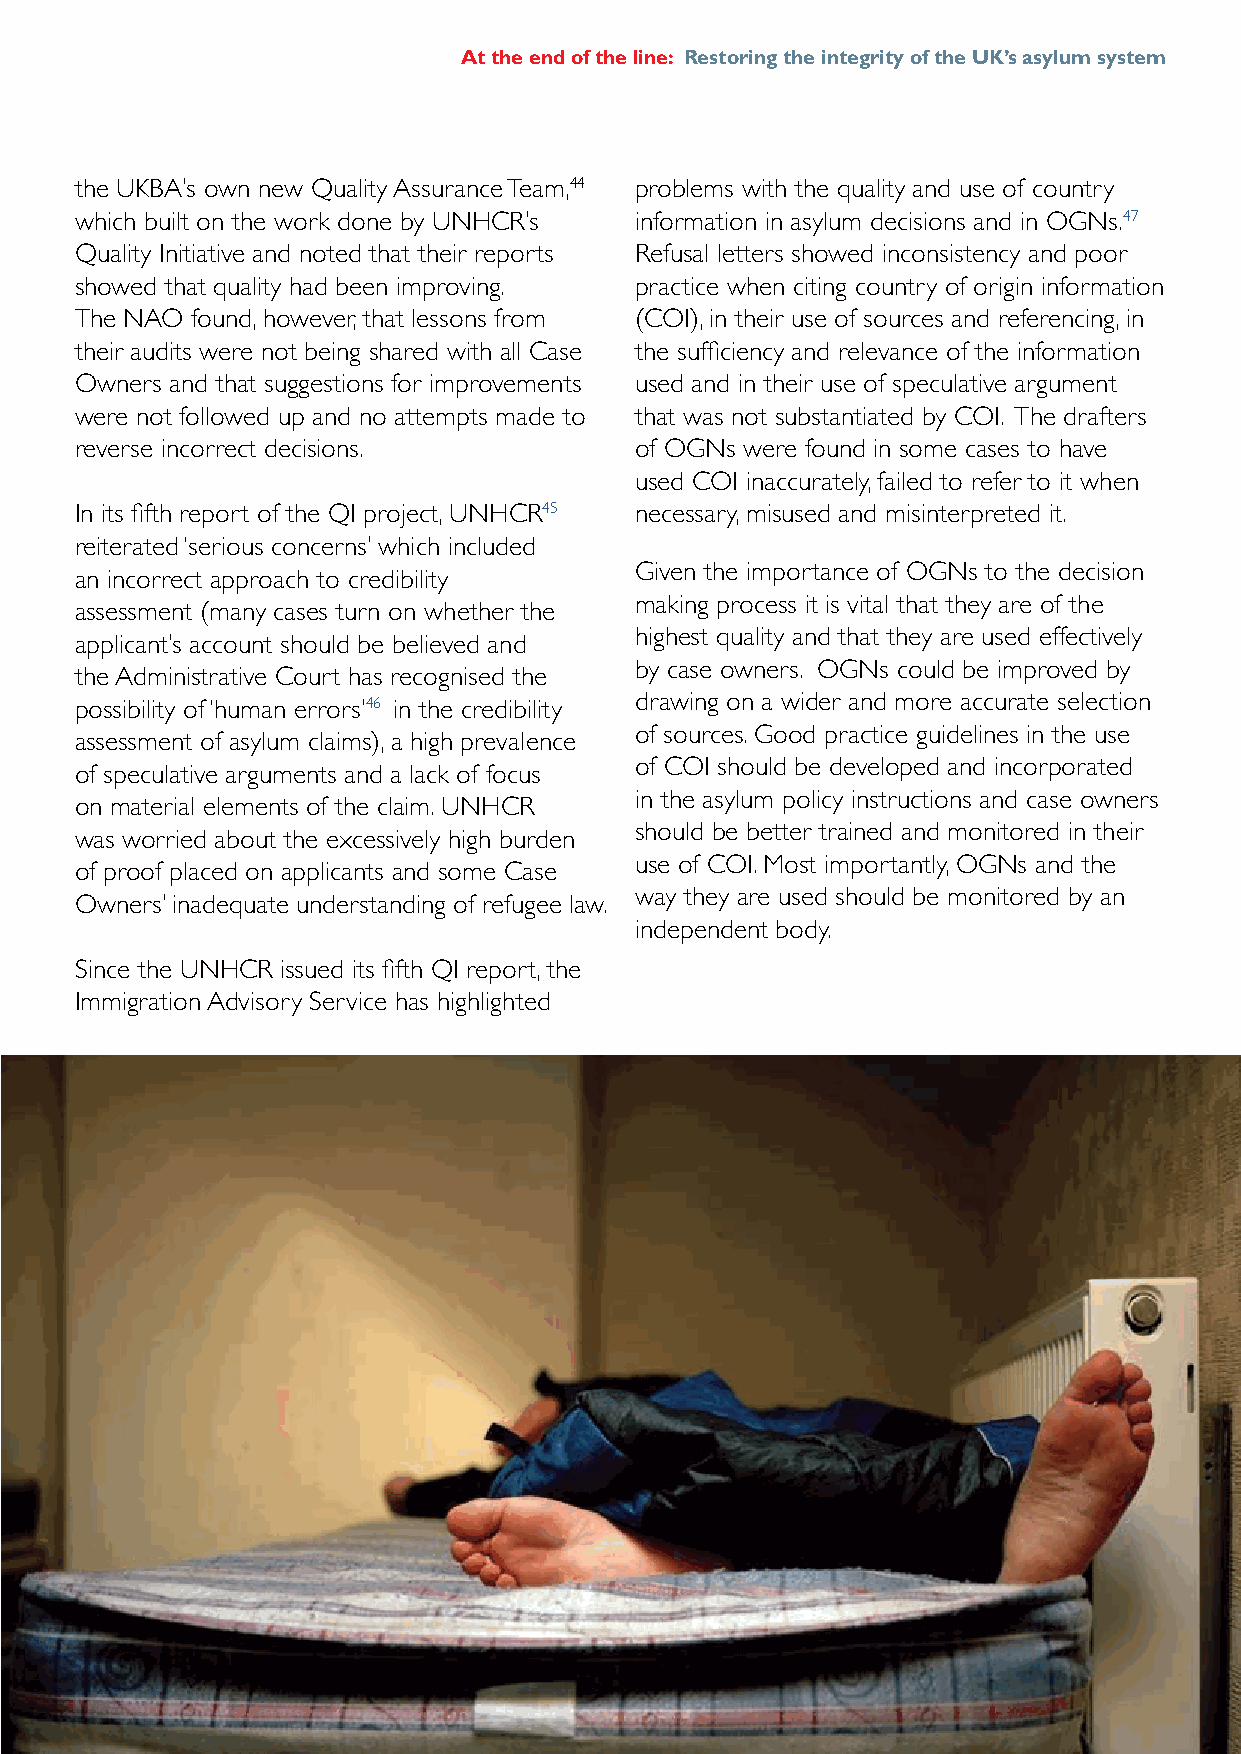
At the end of the line: Restoring the integrity of the UK’s asylum system
 the UKBA’s own new Quality Assurance Team,44 problems with the quality and use of country
 which built on the work done by UNHCR’s information in asylum decisions and in OGNs.47
 Quality Initiative and noted that their reports Refusal letters showed inconsistency and poor
 showed that quality had been improving. practice when citing country of origin information
 The NAO found, however, that lessons from (COI), in their use of sources and referencing, in
 their audits were not being shared with all Case the sufficiency and relevance of the information
 Owners and that suggestions for improvements used and in their use of speculative argument
 were not followed up and no attempts made to that was not substantiated by COI. The drafters
 reverse incorrect decisions.         of OGNs were found in some cases to have
 used COI inaccurately, failed to refer to it when
 In its fifth report of the QI project, UNHCR45 necessary, misused and misinterpreted it.
 reiterated ‘serious concerns’ which included
 Given the importance of OGNs to the decision
 an incorrect approach to credibility
 making process it is vital that they are of the
 assessment (many cases turn on whether the
 highest quality and that they are used effectively
 applicant’s account should be believed and
 by case owners. OGNs could be improved by
 the Administrative Court has recognised the
 drawing on a wider and more accurate selection
 possibility of ‘human errors’46 in the credibility
 of sources. Good practice guidelines in the use
 assessment of asylum claims), a high prevalence
 of COI should be developed and incorporated
 of speculative arguments and a lack of focus
 in the asylum policy instructions and case owners
 on material elements of the claim. UNHCR
 should be better trained and monitored in their
 was worried about the excessively high burden
 use of COI. Most importantly, OGNs and the
 of proof placed on applicants and some Case
 way they are used should be monitored by an
 Owners’ inadequate understanding of refugee law.
 independent body.
 Since the UNHCR issued its fifth QI report, the
 Immigration Advisory Service has highlighted
 ©  Photographer.  Date.
 19